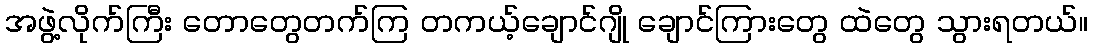
အဖွဲ့လိုက်ကြီး တောတွေတက်ကြ တကယ့်ချောင်ဂျို ချောင်ကြားတွေ ထဲတွေ သွားရတယ်။